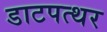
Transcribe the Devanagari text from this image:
डाटपत्थर